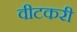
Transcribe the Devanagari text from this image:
वीटकरी